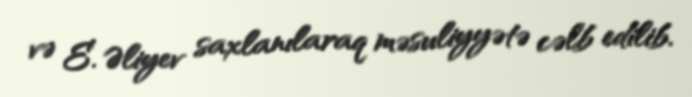
və E. Əliyev saxlanılaraq məsuliyyətə cəlb edilib.